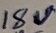
Text: 18V